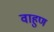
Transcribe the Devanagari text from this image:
वाहुण